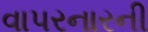
વાપરનારની